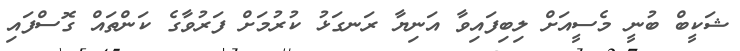
ޝަކީބް ބުނީ މެސީއަށް ލިބިފައިވާ އަނިޔާ ރަނގަޅު ކުރުމަށް ފަރުވާގެ ކަންތައް ގޮސްފައި